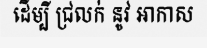
ដើម្បី ជ្រលក់ នូវ អាកាស